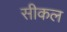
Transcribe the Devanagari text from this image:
सीकल